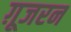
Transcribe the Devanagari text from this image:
ग़ूजरन